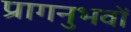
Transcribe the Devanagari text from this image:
प्रागनुभवों